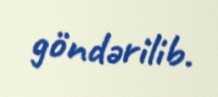
göndərilib.